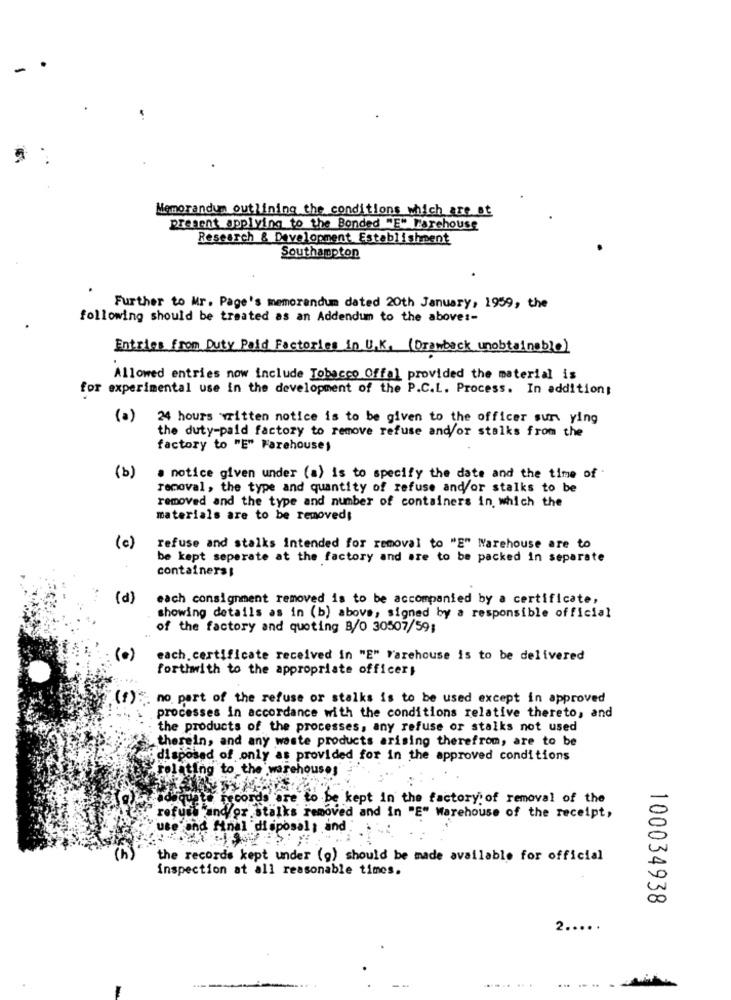
Memorandum outlining the conditions which are at
present applying to the Bonded "E" Farehouse
Research & Development Establishment
Southampton
Further to Mr. Page's memorandum dated 20th January, 1959, the
following should be treated as an Addendum to the above :-
Entries from Duty Paid Factories in U.K. (Drawback unobtainable)
Allowed entries now include Tobacco Offal provided the material is
for experimental use in the development of the P.C.L. Process. In addition;
(a) 24 hours written notice is to be given to the officer sun ying
the duty-paid factory to remove refuse and/or stalks from the
factory to "E" Parehouses
(b)
. notice given under (a) is to specify the date and the time of
removal , the type and quantity of refuse and/or stalks to be
removed and the type and number of containers in which the
materials are to be removed;
(c)
refuse and stalks intended for removal to "E" Warehouse are to
be kept seperate at the factory and are to be packed in separate
containers;
(P)
each consignment removed is to be accompanied by a certificate,
showing details as in (b) above, signed by a responsible official
of the factory and quoting B/0 30507/59;
(0)
each. certificate received in "E" Warehouse is to be delivered
forthwith to the appropriate officer;
(f)5. no part of the refuse or stalks is to be used except in approved
processes in accordance with the conditions relative thereto, and
the products of the processes, any refuse or stalks not used
therein, and any waste products arising therefrom, are to be
disposed of only as provided for in the approved conditions
relating to the warehouses
records ore to be kept in the factory of removal of the
refusi"and/or stalks removed and in "E" Warehouse of the receipt,
"use and final disposal, and
the records kept under (g) should be made available for official
inspection at all reasonable times.
100034938
2 .....